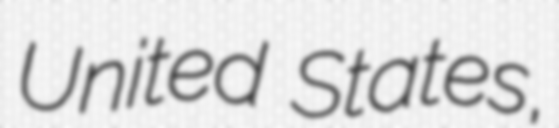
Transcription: United States,